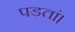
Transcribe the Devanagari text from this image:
पडतां।